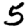
Digit: 5